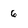
Character: 6